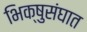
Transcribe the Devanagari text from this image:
भिक्षुसंघात